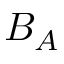
B _ { A }